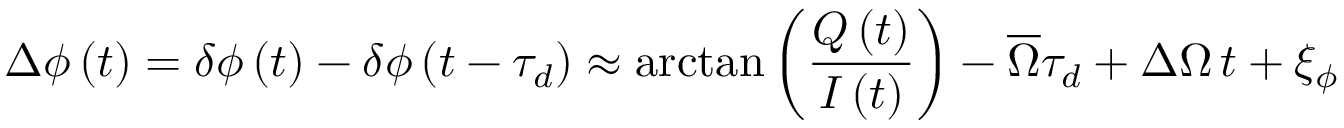
\Delta \phi \left( t \right) = \delta \phi \left( t \right) - \delta \phi \left( t - \tau _ { d } \right) \approx \arctan \left( \frac { Q \left( t \right) } { I \left( t \right) } \right) - \overline { { \Omega } } \tau _ { d } + \Delta \Omega \, t + \xi _ { \phi }